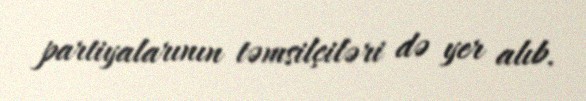
partiyalarının təmsilçiləri də yer alıb.